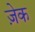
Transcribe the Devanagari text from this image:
ज़ेक